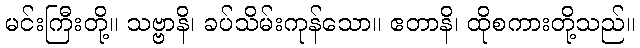
မင်းကြီးတို့။ သဗ္ဗာနိ၊ ခပ်သိမ်းကုန်သော။ ဧတာနိ၊ ထိုစကားတို့သည်။